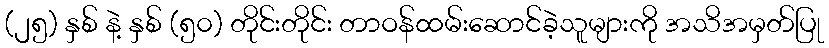
(၂၅) နှစ် နဲ့ နှစ် (၅၀) တိုင်းတိုင်း တာဝန်ထမ်းဆောင်ခဲ့သူများကို အသိအမှတ်ပြု